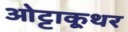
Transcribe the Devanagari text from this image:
ओट्टाकूथर